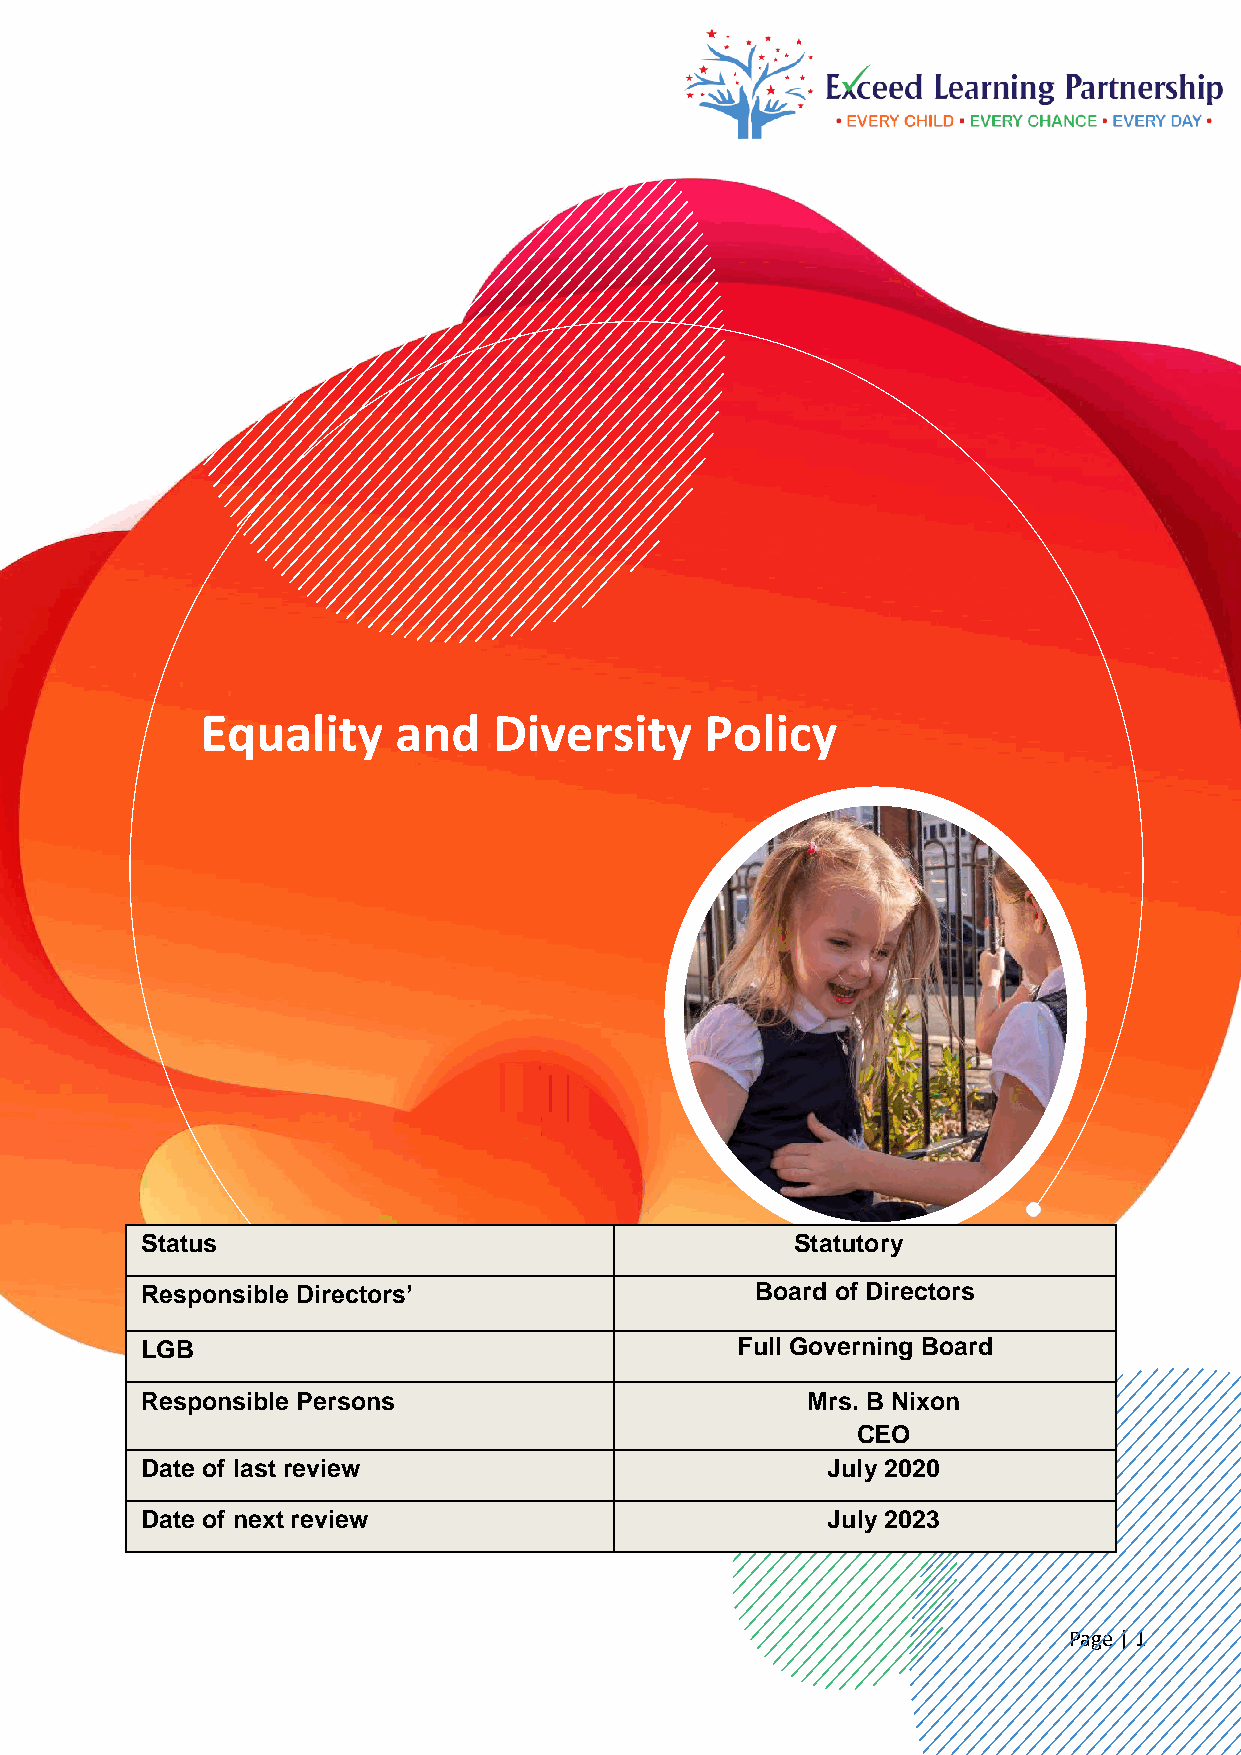
Equality     and    Diversity     Policy
 Status                                      Statutory
 Responsible Directors’                   Board of Directors
 LGB                                     Full Governing Board
 Responsible Persons                         Mrs. B Nixon
 CEO
 Date of last review                           July 2020
 Date of next review                           July 2023
 Page | 1